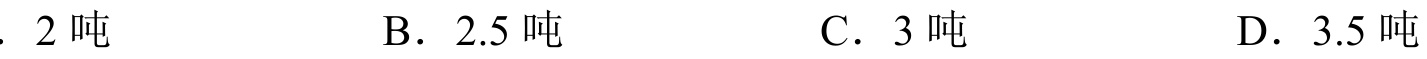
. \(2\) 吨
B. \(2.5\) 吨
C. \(3\) 吨
D. \(3.5\) 吨